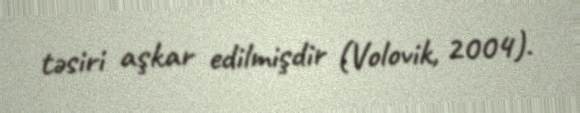
təsiri aşkar edilmişdir (Volovik, 2004).